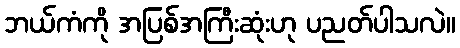
ဘယ်ကံကို အပြစ်အကြီးဆုံးဟု ပညတ်ပါသလဲ။